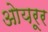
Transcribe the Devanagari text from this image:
ओयरूर